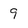
Character: 9